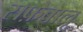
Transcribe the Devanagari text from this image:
सफ़ेबालू